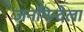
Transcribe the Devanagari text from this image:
जननिन्देला